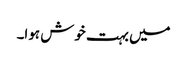
میں بہت خوش ہوا۔